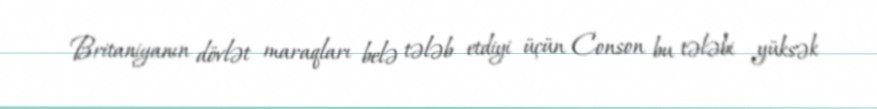
Britaniyanın dövlət maraqları belə tələb etdiyi üçün Conson bu tələbi yüksək